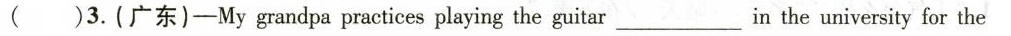
()3.(广东)——Mygrandpa practices playing the guitar___ in the university for the